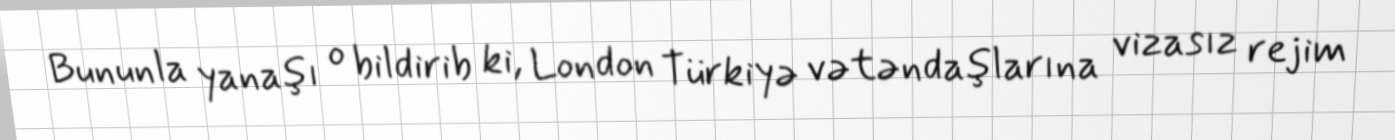
Bununla yanaşı o bildirib ki, London Türkiyə vətəndaşlarına vizasız rejim